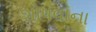
શોષવાના